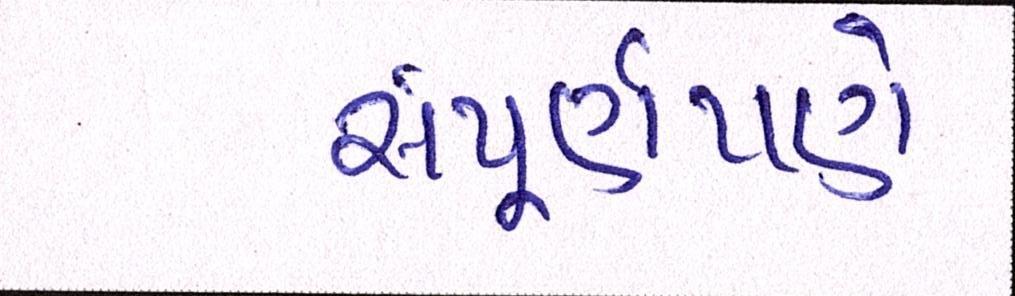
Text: સંપૂર્ણપણે